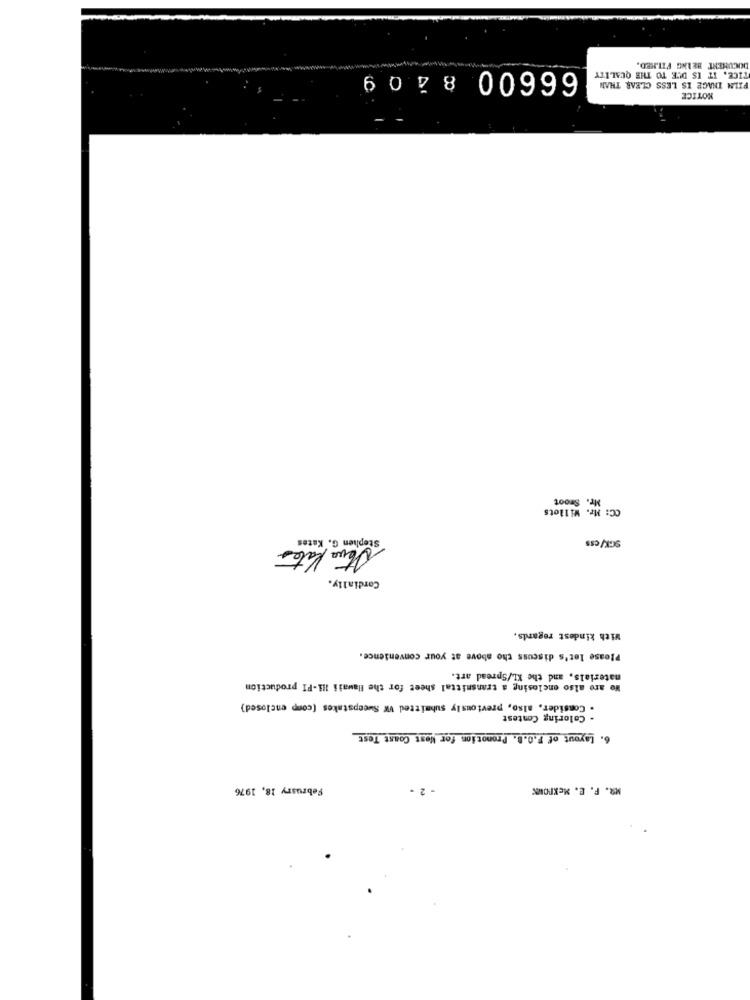
DOCUMENT BEING FILMED.
66600 8 209
TICE. IT IS DUE TO THE QUALITY
PILA INAGE IS LESS CLEAR THAN
NOTICE
Mr. Smoot
CC: Mr. Willots
Stephen G. Kates
Atva Kates
SGK/Css
Cordially.
With kindest regards,
Please let's discuss the above at your convenience.
materials, and the KL/Spread art.
We are also enclosing a transmittal sheet for the Hawaii li-PI production
. Consider, also, previously submitted VW Sweepstakes (comp enclosed)
- Coloring Contest
6. Layout of F.O.B. Promotion for West Coast Test
February 18, 1976
MR. F. E. MexPOWN